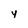
Character: 4